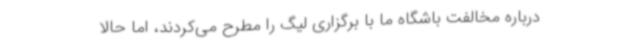
درباره مخالفت باشگاه ما با برگزاری لیگ را مطرح می‌کردند، اما حالا